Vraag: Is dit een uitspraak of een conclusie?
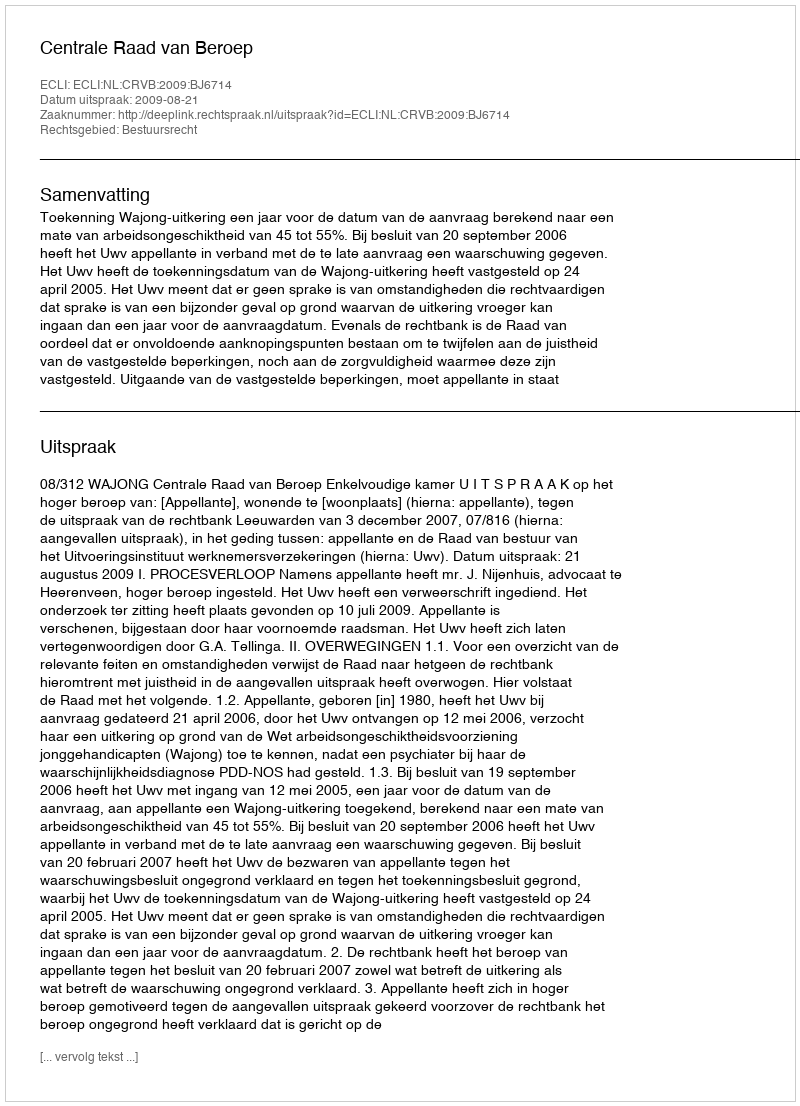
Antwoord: Uitspraak